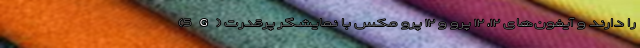
(5G) را دارند و آیفون‌های ۱۲، ۱۲ پرو و ۱۲ پرو مکس با نمایشگر پرقدرت